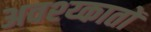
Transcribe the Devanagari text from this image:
अवश्य्कातों